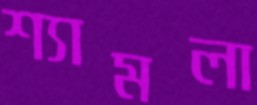
শ্যামলা